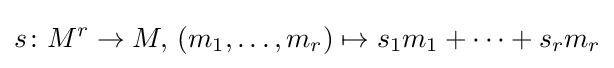
s\colon M^{r}\to M,\,(m_{1},\dots ,m_{r})\mapsto s_{1}m_{1}+\dots +s_{r}m_{r}